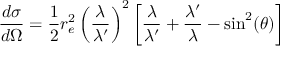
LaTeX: { \frac { d \sigma } { d \Omega } } = { \frac { 1 } { 2 } } r _ { e } ^ { 2 } \left( { \frac { \lambda } { \lambda ^ { \prime } } } \right) ^ { 2 } \left[ { \frac { \lambda } { \lambda ^ { \prime } } } + { \frac { \lambda ^ { \prime } } { \lambda } } - \sin ^ { 2 } ( \theta ) \right]